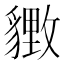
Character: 𬥋